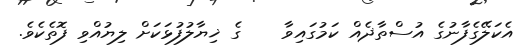
އެކަލޭގެފާނުގެ އުސްތާޛެއް ކަމުގައިވާ    ގެ ޚިޔާލުފުޅަކަށް ލިޔުއްވި ފޮތެކެވެ.